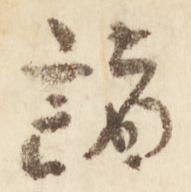
諸